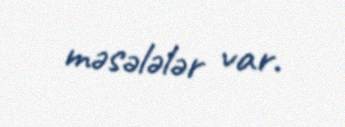
məsələlər var.